Eesti_Vabariigi_Tartu_Ulikool, lk 70
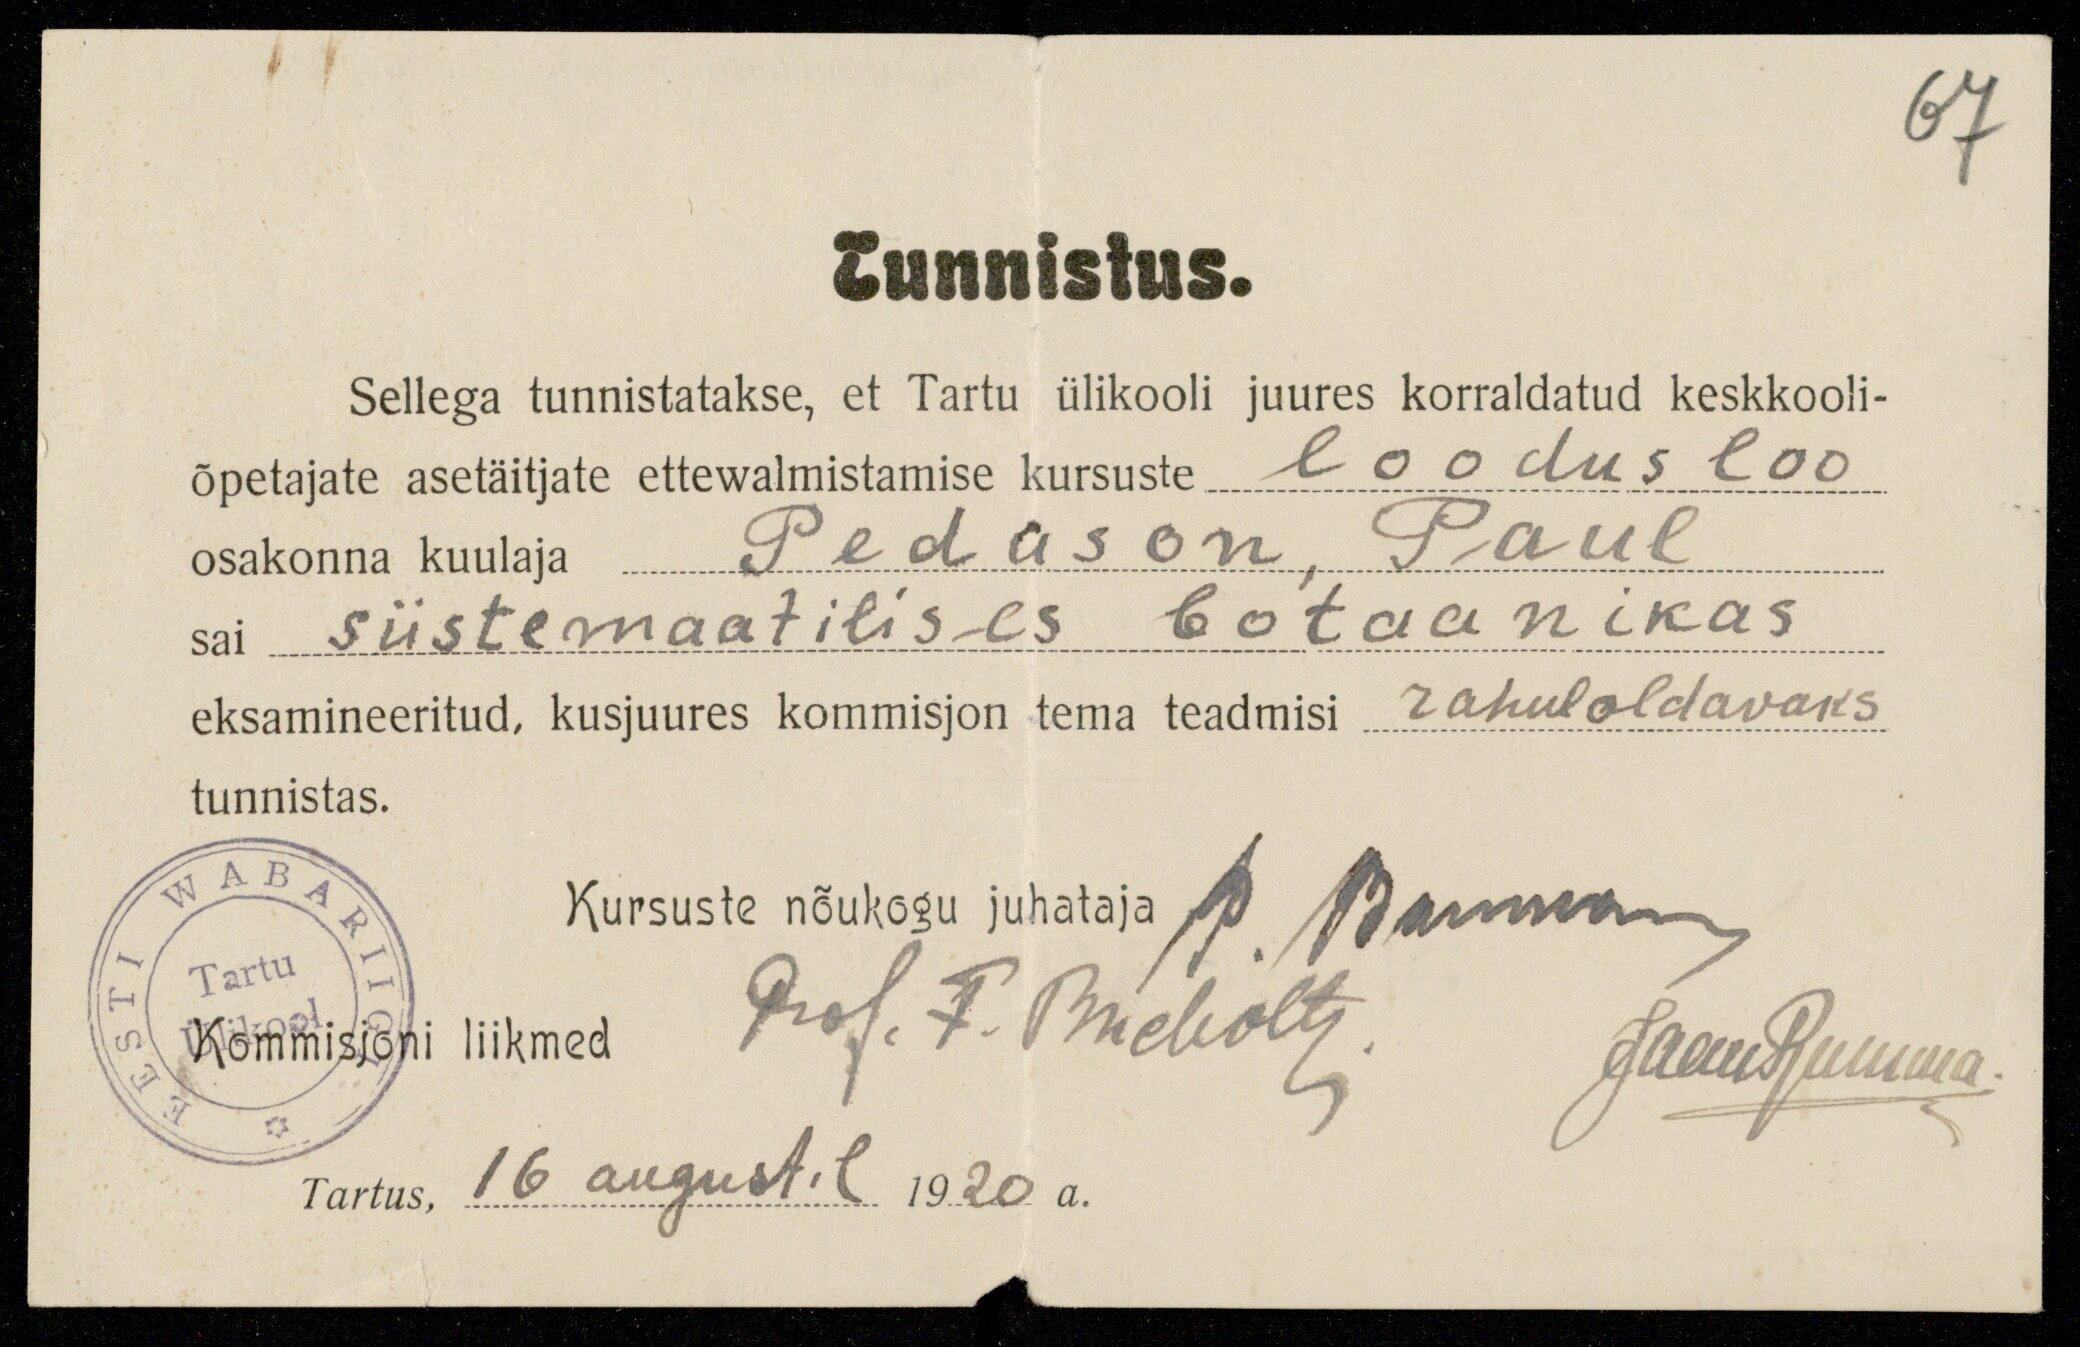
67
Tunnistus.
Sellega tunnistatakse, et Tartu ülikooli juures korraldatud keskkooli-
õpetajate asetäitjate ettewalmistamise kursuste loodus loo-
osakonna kuulaja Pedason, Paul
sai süstemaatilises botaanikas
eksamineeritud, kusjuures kommisjon tema teadmisi rahuloldavaks
tunnistas.
Kursuste nõukogu juhataja p. Bannan
Prof. F. Bucholtz
Tartu
Kommisjoni liikmed
Jaan Rumma
Prof. F. Bucholtz
Tartus, 16 augustil 1920 a.